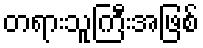
တရားသူကြီးအဖြစ်